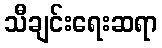
သီချင်းရေးဆရာ